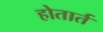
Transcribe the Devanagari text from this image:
होतार्त